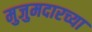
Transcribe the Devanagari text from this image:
मुजुमदारच्या